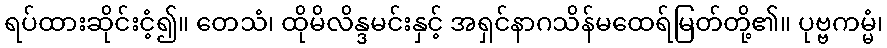
ရပ်ထားဆိုင်းငံ့၍။ တေသံ၊ ထိုမိလိန္ဒမင်းနှင့် အရှင်နာဂသိန်မထေရ်မြတ်တို့၏။ ပုဗ္ဗကမ္မံ၊